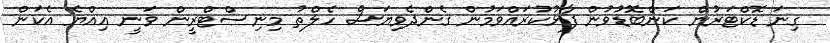
ގިނަ ޑޮކްޓަރުން ކަންބޮޑުވުން ފާޅުކުރައްވަމުން ގެންދެވިޔަސް ހެލްތު މިނިސްޓްރީން ވަނީ އިއްޔެ އެކަން